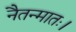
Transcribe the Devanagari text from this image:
नैतन्मातः।